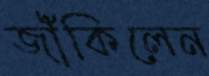
জাঁকিলেন